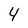
Character: 4